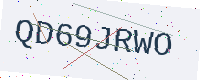
Text: QD69JRWO